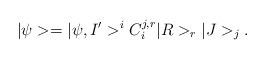
LaTeX: \begin{align*}|\psi> = |\psi,I'>^{i}C^{j,r}_{i}|R>_{r}|J>_{j}.\end{align*}